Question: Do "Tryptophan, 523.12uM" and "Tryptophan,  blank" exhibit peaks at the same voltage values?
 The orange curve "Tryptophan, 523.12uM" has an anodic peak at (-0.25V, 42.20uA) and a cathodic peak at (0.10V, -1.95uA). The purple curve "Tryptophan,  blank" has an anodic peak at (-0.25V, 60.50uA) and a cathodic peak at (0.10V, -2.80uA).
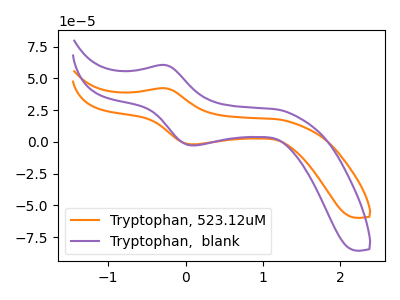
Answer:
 <answer>Yes, "Tryptophan, 523.12uM" have a peak in "Tryptophan,  blank" at the same potential.</answer>
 <eval>match</eval>